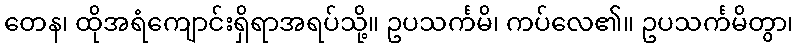
တေန၊ ထိုအရံကျောင်းရှိရာအရပ်သို့။ ဥပသင်္ကမိ၊ ကပ်လေ၏။ ဥပသင်္ကမိတွာ၊